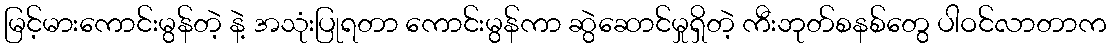
မြင့်မားကောင်းမွန်တဲ့ နဲ့ အသုံးပြုရတာ ကောင်းမွန်ကာ ဆွဲဆောင်မှုရှိတဲ့ ကီးဘုတ်စနစ်တွေ ပါဝင်လာတာက